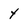
Character: y